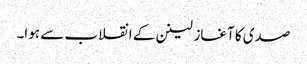
صدی کا آغاز لینن کے انقلاب سے ہوا۔